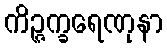
ကိဉ္ဇက္ခရေဏုနာ